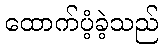
ထောက်ပံ့ခဲ့သည်